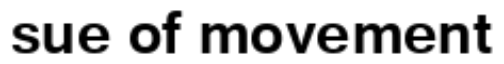
sue of movement